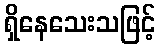
ရှိနေသေးသဖြင့်